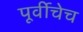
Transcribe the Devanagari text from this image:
पूर्वीचेच